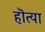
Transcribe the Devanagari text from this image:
हॊत्या